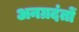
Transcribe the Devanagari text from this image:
अनग्रदंतों